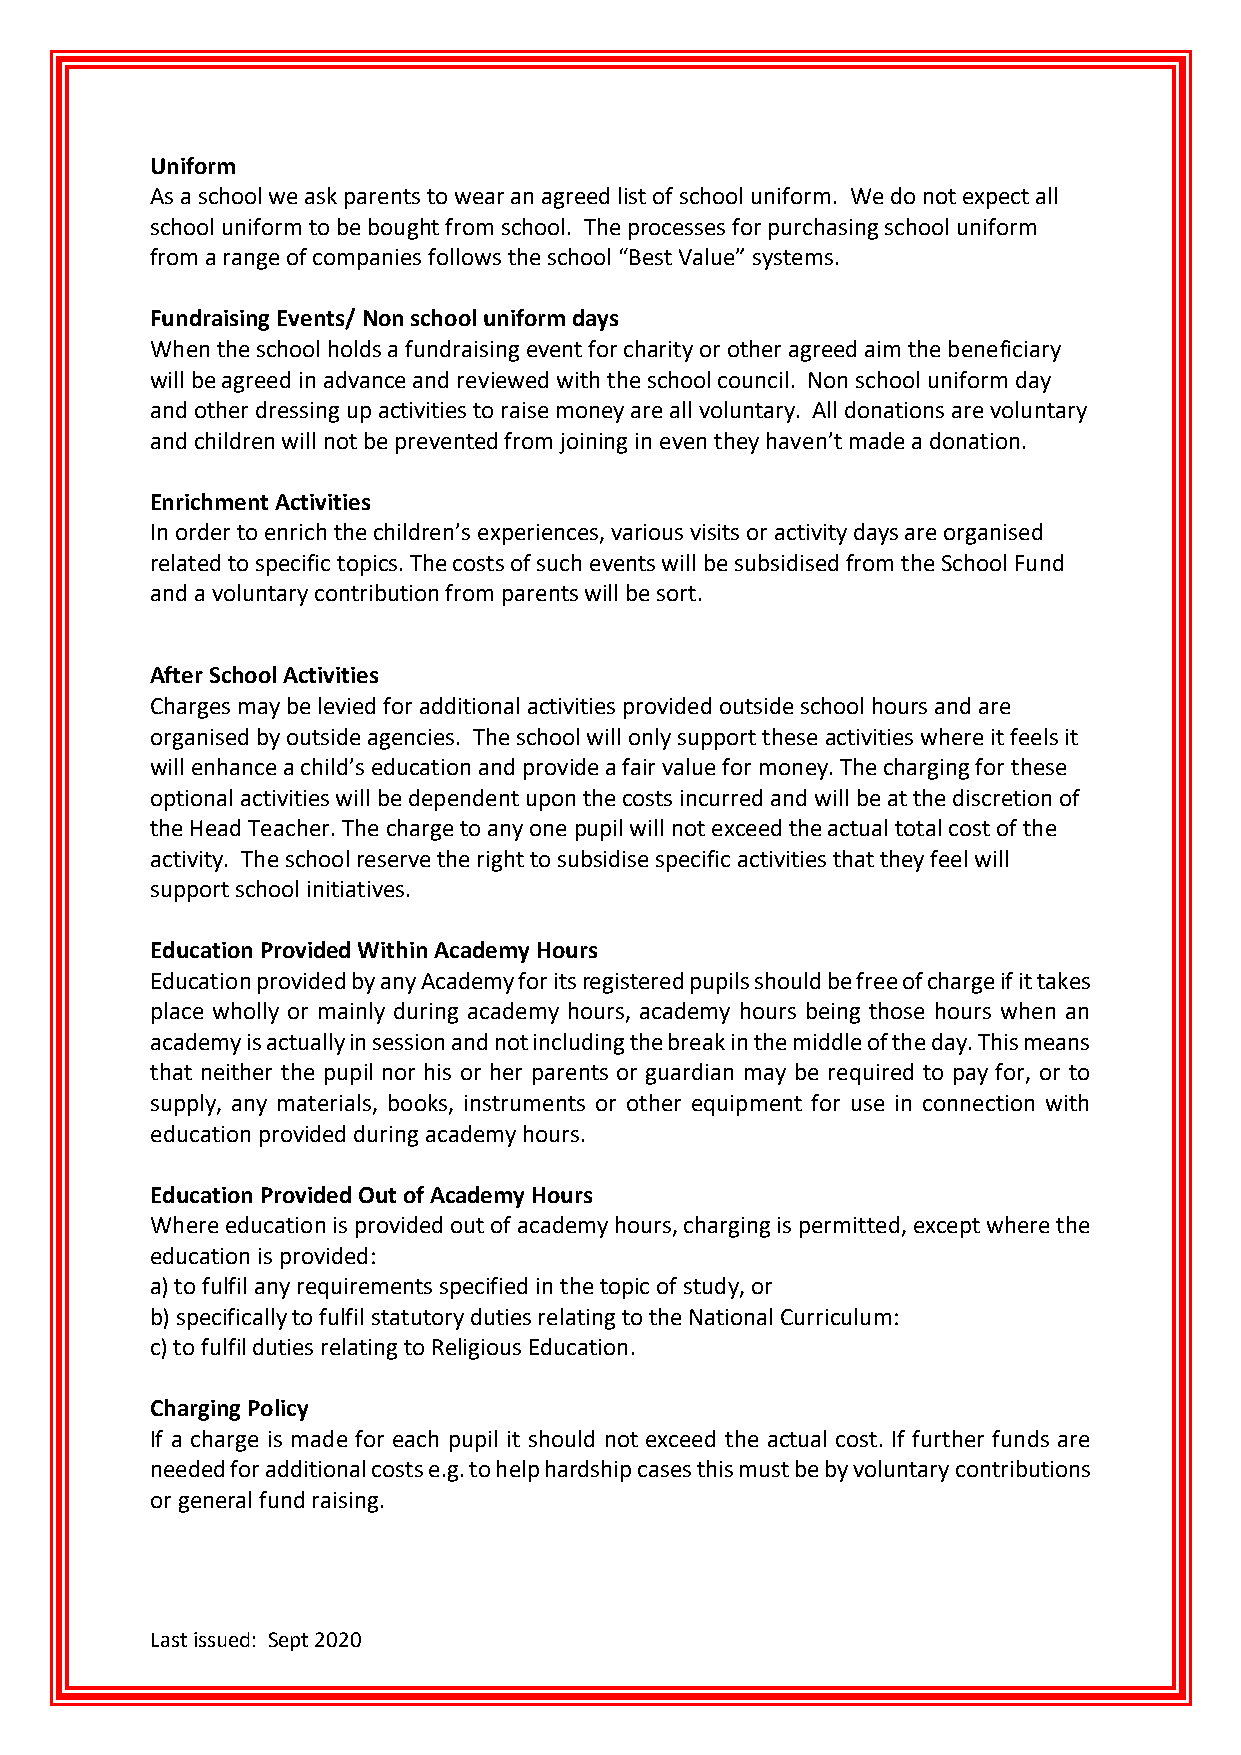
Uniform
 As a school we ask parents to wear an agreed list of school uniform. We do not expect all
 school uniform to be bought from school. The processes for purchasing school uniform
 from a range of companies follows the school “Best Value” systems.
 Fundraising Events/ Non school uniform days
 When the school holds a fundraising event for charity or other agreed aim the beneficiary
 will be agreed in advance and reviewed with the school council. Non school uniform day
 and other dressing up activities to raise money are all voluntary. All donations are voluntary
 and children will not be prevented from joining in even they haven’t made a donation.
 Enrichment Activities
 In order to enrich the children’s experiences, various visits or activity days are organised
 related to specific topics. The costs of such events will be subsidised from the School Fund
 and a voluntary contribution from parents will be sort.
 After School Activities
 Charges may be levied for additional activities provided outside school hours and are
 organised by outside agencies. The school will only support these activities where it feels it
 will enhance a child’s education and provide a fair value for money. The charging for these
 optional activities will be dependent upon the costs incurred and will be at the discretion of
 the Head Teacher. The charge to any one pupil will not exceed the actual total cost of the
 activity. The school reserve the right to subsidise specific activities that they feel will
 support school initiatives.
 Education Provided Within Academy Hours
 Education provided by any Academy for its registered pupils should be free of charge if it takes
 place wholly or mainly during academy hours, academy hours being those hours when an
 academy is actually in session and not including the break in the middle of the day. This means
 that neither the pupil nor his or her parents or guardian may be required to pay for, or to
 supply, any materials, books, instruments or other equipment for use in connection with
 education provided during academy hours.
 Education Provided Out of Academy Hours
 Where education is provided out of academy hours, charging is permitted, except where the
 education is provided:
 a) to fulfil any requirements specified in the topic of study, or
 b) specifically to fulfil statutory duties relating to the National Curriculum:
 c) to fulfil duties relating to Religious Education.
 Charging Policy
 If a charge is made for each pupil it should not exceed the actual cost. If further funds are
 needed for additional costs e.g. to help hardship cases this must be by voluntary contributions
 or general fund raising.
 Last issued: Sept 2020